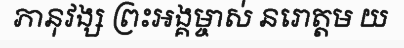
ភានុវង្ស ព្រះអង្គម្ចាស់ នរោត្តម យ